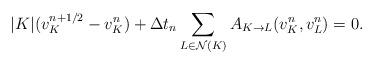
LaTeX: \begin{align*}|K|(v^{n+1/2}_K-v^n_K)+\Delta t_n\sum_{L\in\mathcal{N}(K)}A_{K\to L}(v^n_K,v^n_L)=0.\end{align*}